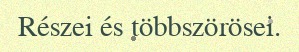
Részei és többszörösei.